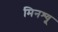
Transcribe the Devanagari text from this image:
मिनश्यू